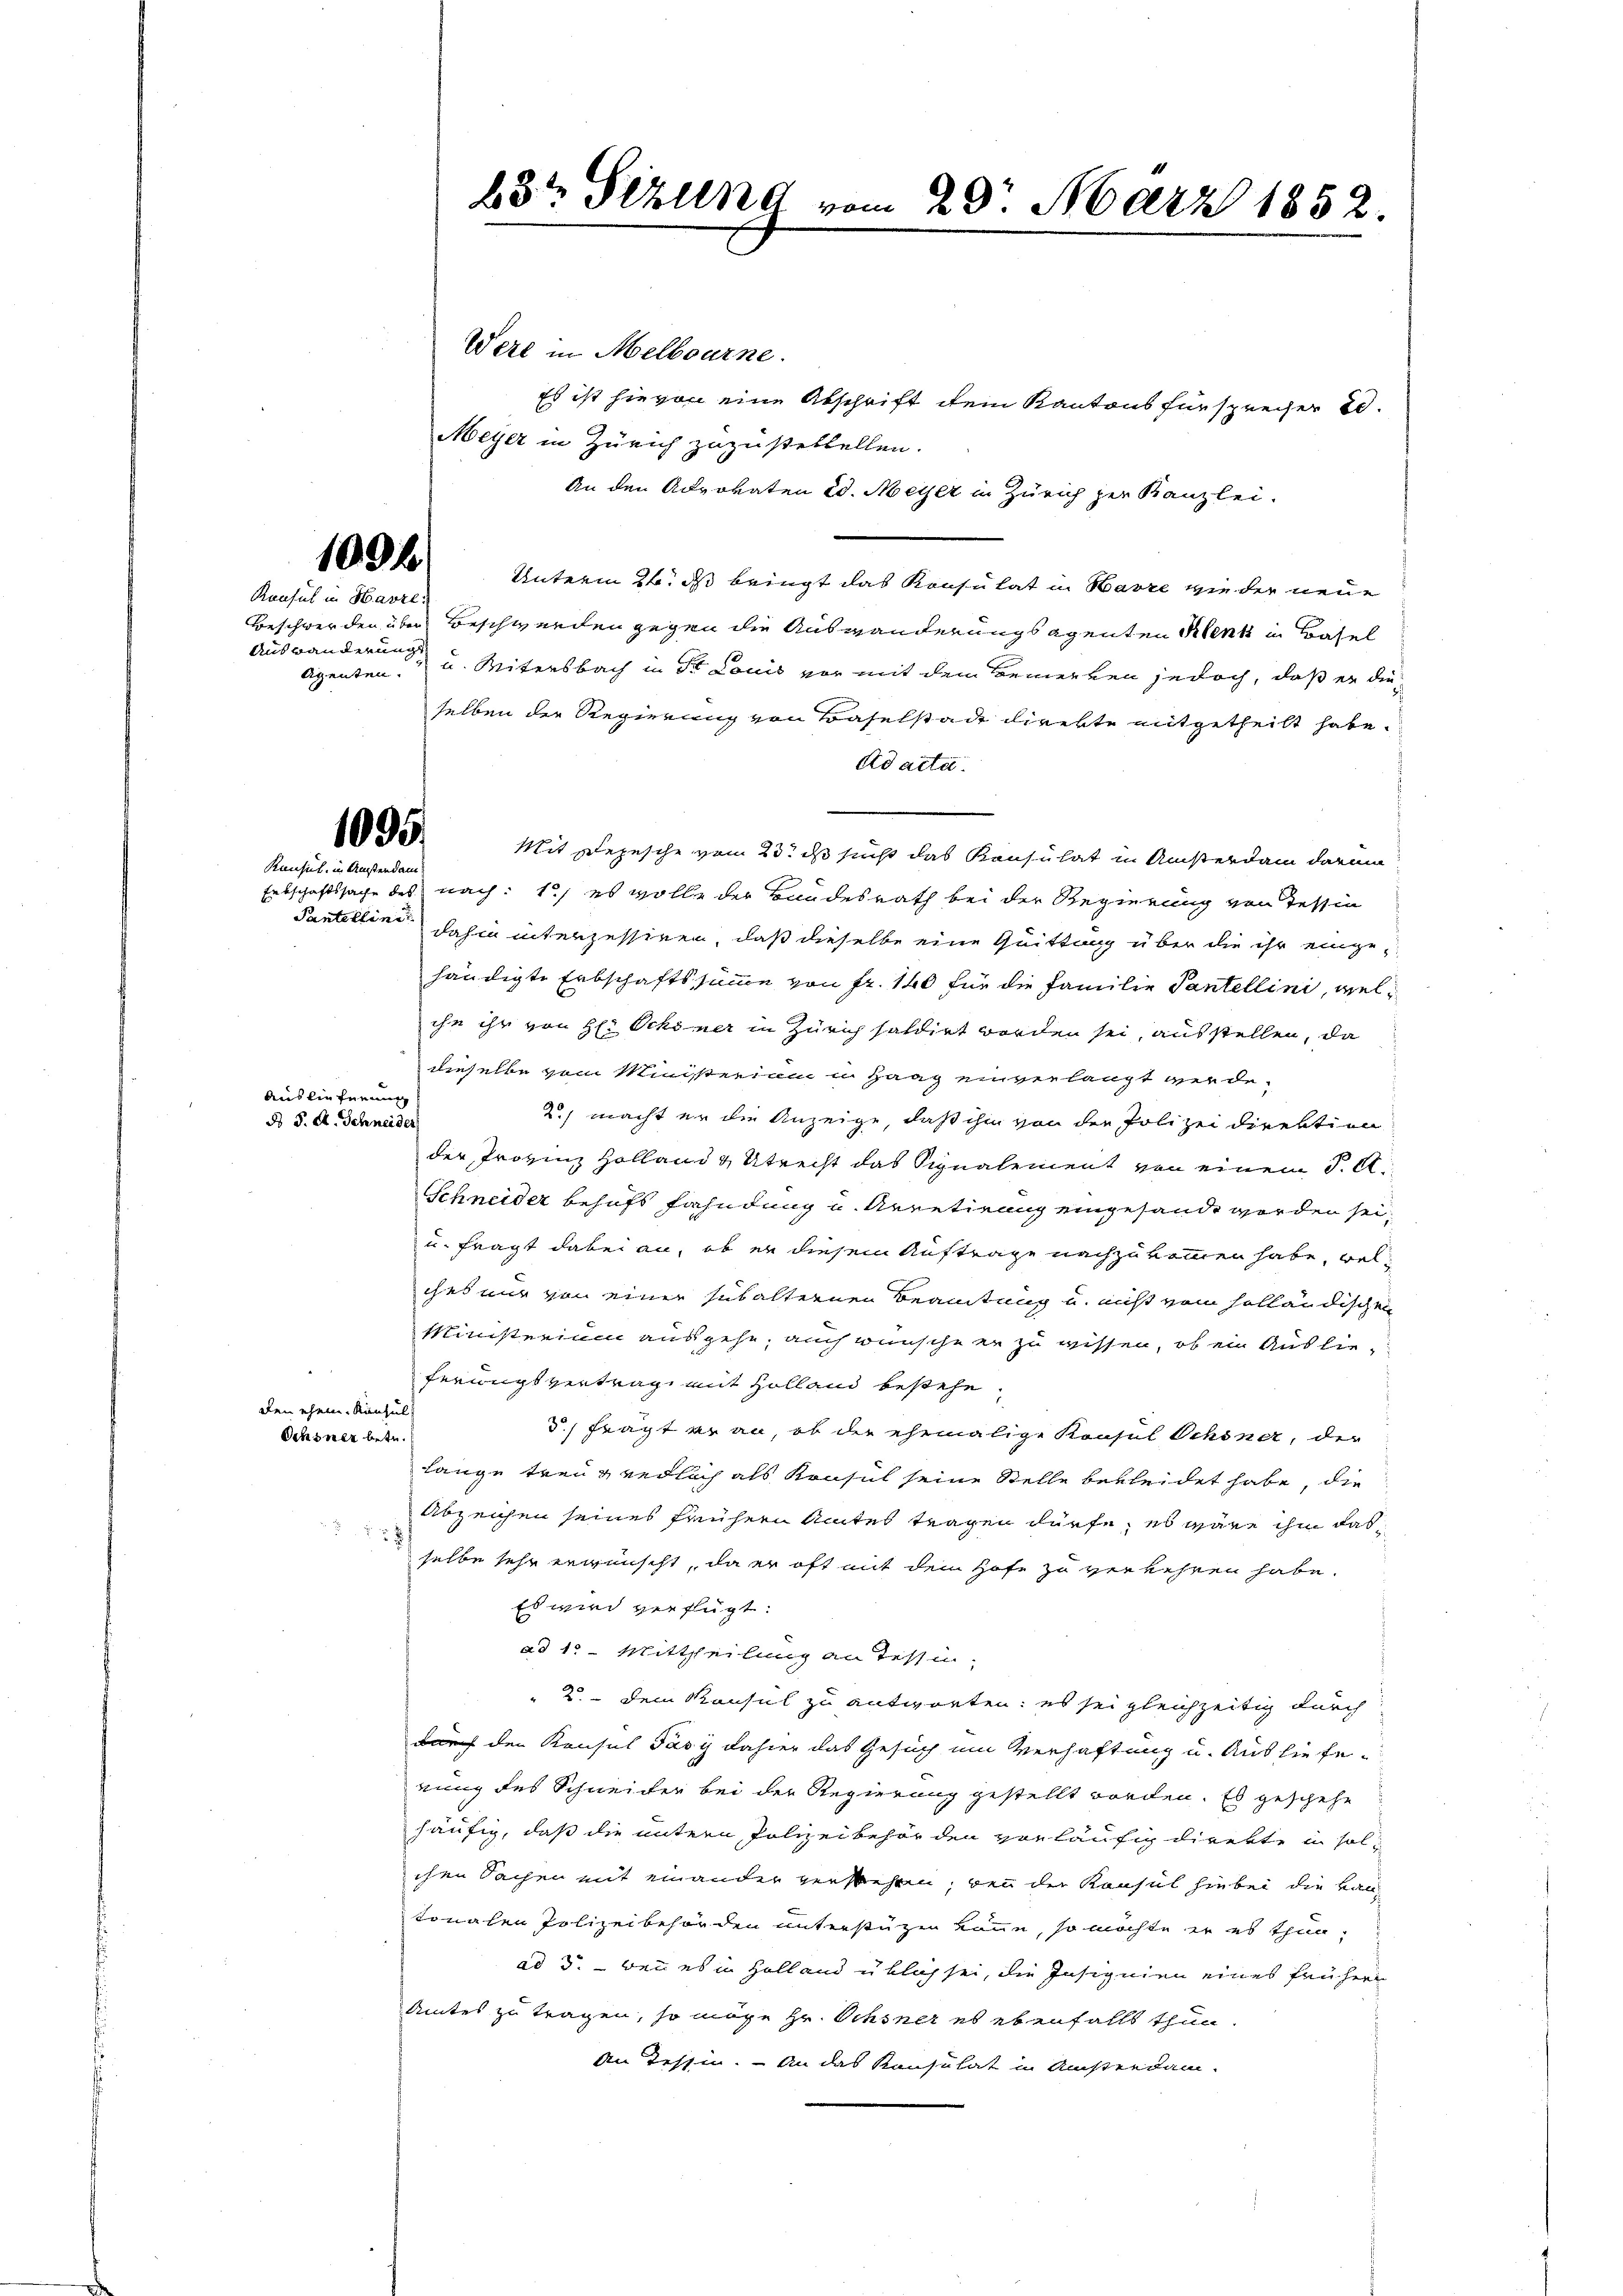
109 f

Konsul in Havre,
Auswanderung
Agenten.

1095
Konsul, in Ansterdam
Erbschaftssache des

Pantellini

Auslieferung
do 5. A. Schneider

Were in Melbourne.
Es ist hievon eine Abschrift dem Kantons für sprecher Sc
Meyer in Zürich zuzustellellen.
An den Advokaten Ed. Meyer in Zürich zur Kanzlei.
Unterm 26. ds bringt das Konsulat in Havre wie der neue
Beschwerden über Beschwerden gegen die Auswanderungsagenten Klenk in Basel
u. Mitersbach in der Louis vor mit dem Bemerken jedoch, daß er dieselben der Regierung von Baselstadt direkte mitgetheilt habe.
Ad acte.
Mit Depesche vom 23. ds sucht das Konsulat in Ansterdam darum
nach: 1) es wolle der Bundesrath bei der Regierung von Tessin
dahin interzessiren, daß dieselbe eine Quittung über die ihr eingehändigte Erbschaftssumme von Fr. 140 für die Familie Tantellini, welihn ihr von H: Schöner in Zürich saldirt worden sei, ausstellen, da
dieselbe vom Ministerium in Haag einverlangt werde.
2.) macht er die Anzeige, daß ihm von der Polizei direktion
der Provinz Holland & Utrecht das Signalement von einem J. A.
Schneider behufs fahndung u. Arretirung eingesandt worden sei,
u. fragt dabei an, ob er diesem Auftrage nachzukommen habe, welches nur von einer subalternen Beamtung u. nicht vom holländischen
Ministerium ausgehe, auch wünsche er zu wissen, ob ein Auslieferungsvertrag mit Holland bestehe,
den ehem. Konsul
d. frägt er an, ob die ehemalige Konsul Schöner, der
Schöner betr.
lange treugendlich als Konsul seine Stelle bekleidet habe, die
Abzeichen seines frühern Amtes tragen dürfe, es wäre ihm das
selbe sehr erwünscht, da er oft mit dem Hofe zu verkehren habe.
Es wird verfügt:
ad 1. Mittheilung an Tessi
 2. dem Konsul zu antworten: es sei gleichzeitig durch
auch der Konsul Fäsi dahier das Gesuch um Verhaftung u. Auslieferung des Schneider bei der Regierung gestellt worden. Es geschehe
häufig, daß die untern Polizeibehörden vorläufig direkte in solchen Sachen mit einander verstehen, bei der Konsul hiebei die Han
tonalen Polizeibehörden unterstüzen könne, so möchte er es thun,
ad 3. — Bei es in Holland üblich sei, die Insignien eines frühern
Amtes zu tragen, so möge Hr. Ochsner es ebenfalls thun
An Tessin. – An das Konsulat in Ausserdam-

b3t Sekund vom 29. März 1852.